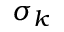
\sigma _ { k }